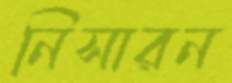
নিসারন